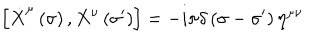
\left[ \dot { X } ^ { \mu } \left( \sigma \right) , X ^ { \nu } \left( \sigma ^ { \prime } \right) \right] = - i \pi \delta \left( \sigma - \sigma ^ { \prime } \right) \eta ^ { \mu \nu }